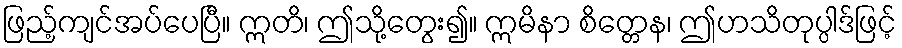
ဖြည့်ကျင်အပ်ပေပြီ။ ဣတိ၊ ဤသို့တွေး၍။ ဣမိနာ စိတ္တေန၊ ဤဟသိတုပ္ပါဒ်ဖြင့်